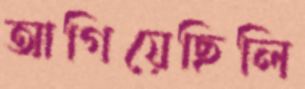
আগিয়েছিলি